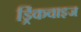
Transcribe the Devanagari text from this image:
ड्रिंकवाइज